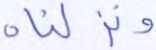
ونزلناه